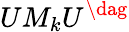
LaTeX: UM_{k}U^{\dag}